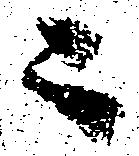
ニ